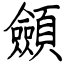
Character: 顩